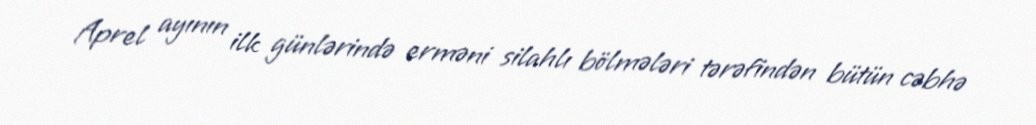
Aprel ayının ilk günlərində erməni silahlı bölmələri tərəfindən bütün cəbhə